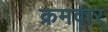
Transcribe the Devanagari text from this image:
क्रमवार्